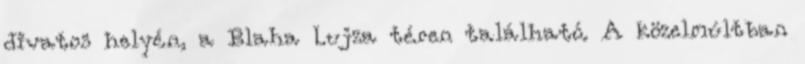
divatos helyén, a Blaha Lujza téren található. A közelmúltban